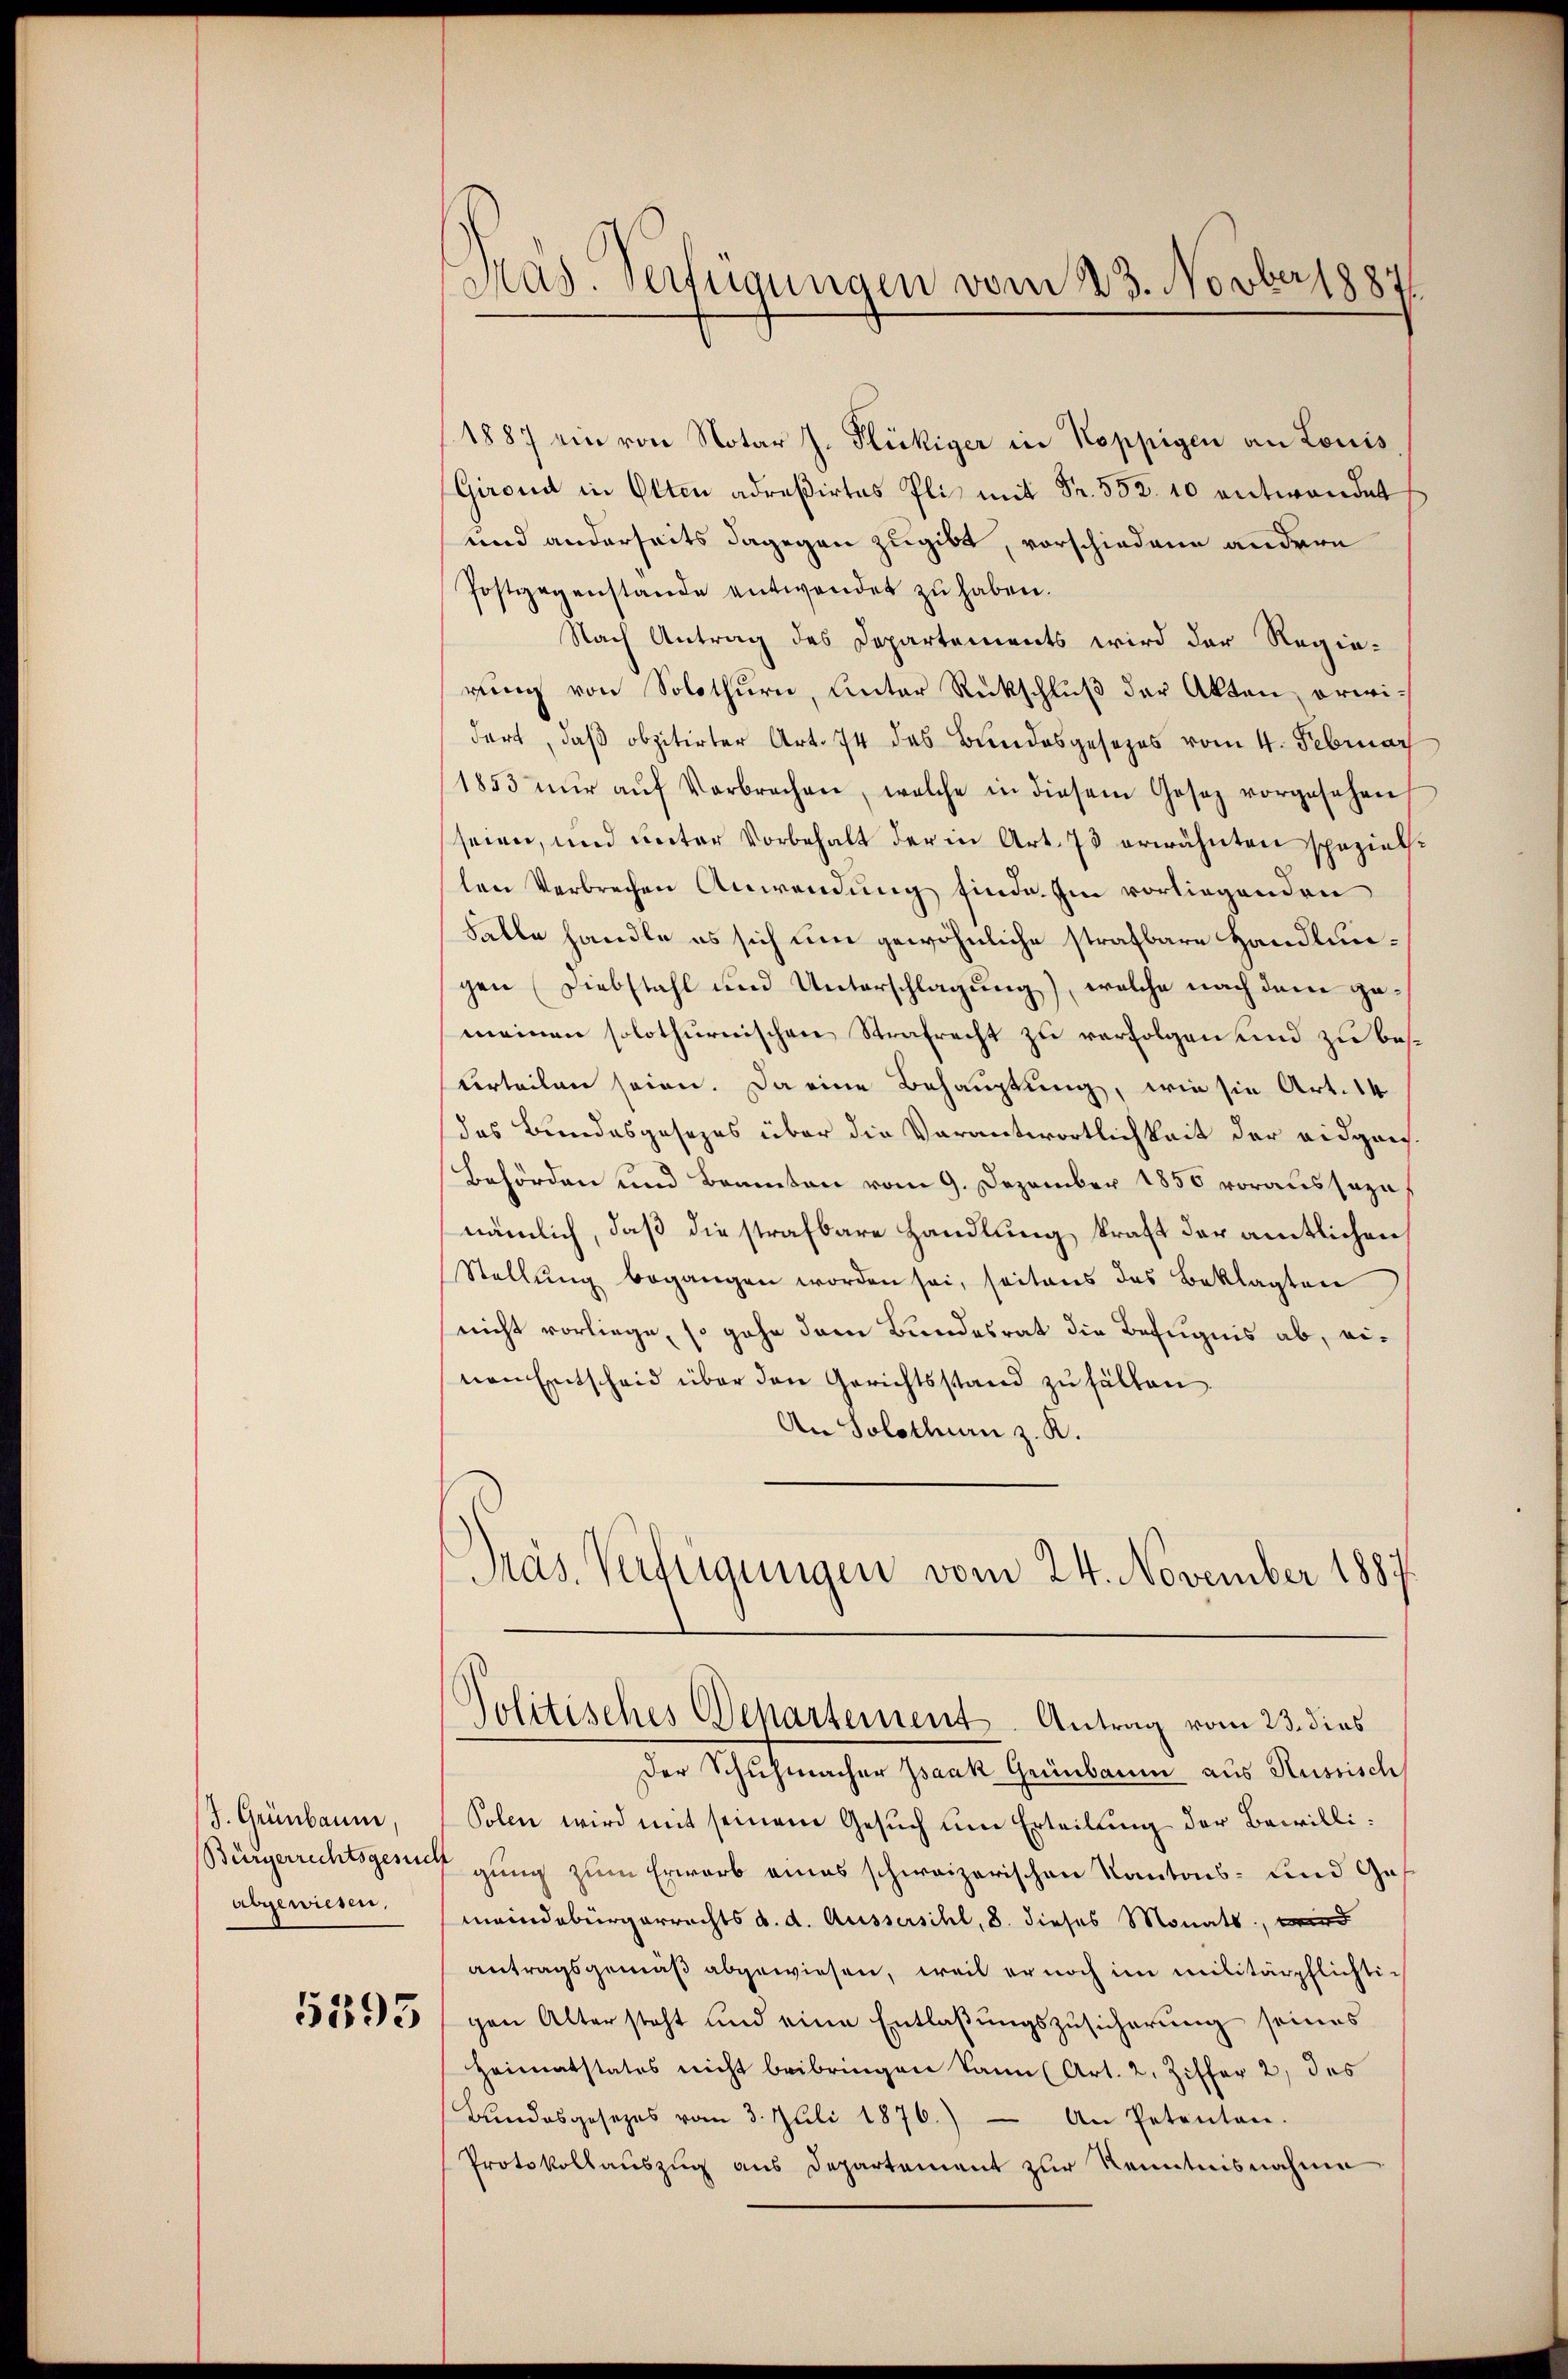
J. Grünbaum,
Bürgerrechtsgesuch
abgewiesen,

5393

Mas. Verfügungen vom 23. Novber 18841

1887 ein von Notar J. Flückiger in Koppigen an Louis
Girend in Otten adreßirtes Pliz mit Fr. 552. 10 entwendet
und anderseits dagegen zugibt, vorschiedene andern
Postgegenstande entwendet zu haben.
Nach Antrag des Departements wird der Regierŭng von Solothurn, Unter Rückschlŭβ der Akten erwidert, daß obzitirter Art. 74 des Bundesgesezes vom 4. Februar
1853 nŭr aŭf Verbrechen, welche in diesem Gesetz vorgesehen,
seien, und unter Vorbehalt der in Art. 73 erwähnten speziellen Verbrechen Anwendung finde. Im vorliegenden
Falle handle es sich um gewöhnliche strafbare Handlungen (Diebstahl und Unterschlagung), welche nach dem gemeinen solothurnischen Strafrecht zu verfolgen und zu besurteilen seien. Da eine Behauptung, wie sie Art. 14
das Bundesgesezes über die Verantwortlichkeit der eidgeich
Behörden und Beamten vom 9. Dezember 1850 voraussezet
nämlich, daß die strafbare Handlung kraft der amtlichen
Stellŭng begangen worden sei, seitens des Beklagten
nicht vorliege, so gehe dem Bundesrat die Befugnis ab, einen Entscheid über den Gerichtsstand zu fällen.
An Solothurn z. K.
Präs. Verfügungen vom 24. November 1887

Politisches Departement-Antrag vom 23. dies

Der Schuhmacher Isaak Grünbaum aus Russisch
Solen wird mit seinem Gesuch um Erteilung der Bewilligung zum Erwarb eines schweizerischen Kantons- und Ges
meindebürgerrechts d. d. Aussersihl, 8. dieses Monats, wird
antragsgemäß abgewiesen, weil er noch im militärpflichtigen Alter steht und eine Entlaßungszusicherung seines
Heimatstatos nicht beibringen kann (Art. 2. Ziffer 2, des
Bŭndesgesezes vom 3. Juli 1876.) An Petenten.
Protokollauszug aus Departement zur Kenntnisnahme